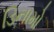
ડિનામો